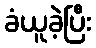
ခံယူခဲ့ပြီး